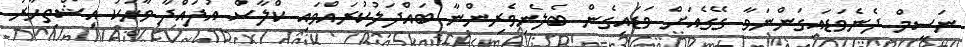
ނަސީމް ދެނެވަޑައިގަންނަވާ ގޭގެއަށް ވަޑައިގެން ބެލެނިވެރިންނާ ބައްދަލުކުރައްވައި ކްލާސް އުފައްދާ ވާހަކަ އިޝްތިހާރު